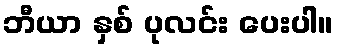
ဘီယာ နှစ် ပုလင်း ပေးပါ။